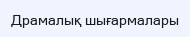
Драмалық шығармалары